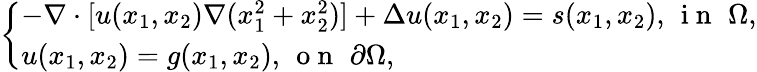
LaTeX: \left\{ \begin{array}{ll}{-\nabla\cdot[u(x_{1},x_{2})\nabla(x_{1}^{2}+x_{2}^{2})]+\Delta u(x_{1},x_{2})=s(x_{1},x_{2}),\, \mathrm{~i~n~}\, \, \Omega,}\\ {u(x_{1},x_{2})=g(x_{1},x_{2}),\, \mathrm{~o~n~}\, \, \partial\Omega,}\end{array}\right.